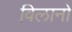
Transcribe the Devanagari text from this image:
विलानो